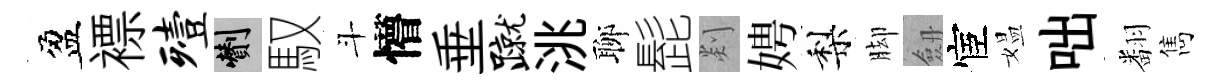
盈褾殪剪馭斗懵垂蹴洮聊髭剡娉梨脚劔宦媪咄翻雋